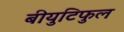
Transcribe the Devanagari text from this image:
बीयुटिफुल